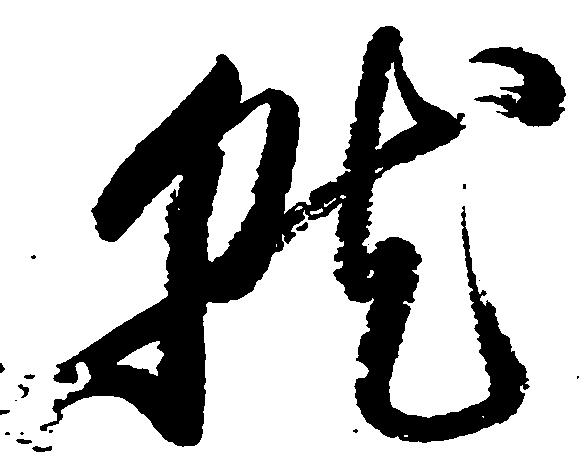
就